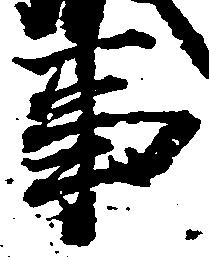
事